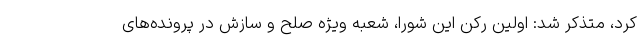
کرد، متذکر شد: اولین رکن این شورا، شعبه ویژه صلح و سازش در پرونده‌های